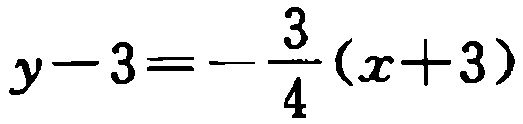
\(y - 3 = - \frac{3}{4}(x + 3)\)